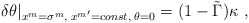
\begin{align*}\delta \theta| _{x^m=\sigma^m, \; x^{m'}=const, \; \theta=0} = (1-\tilde\Gamma) \kappa \ ,\end{align*}